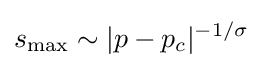
s_{\max }\sim |p-p_{c}|^{-1/\sigma }\,\!